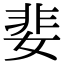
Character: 婓